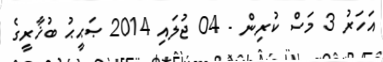
އަހަރު 3 މަސް ކުރިން - 04 ޖުލައި 2014 ޞަޙީޙު ބުޚާރީގެ